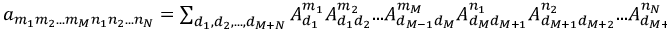
\begin{array} { r } { a _ { m _ { 1 } m _ { 2 } . . . m _ { M } n _ { 1 } n _ { 2 } . . . n _ { N } } = \sum _ { d _ { 1 } , d _ { 2 } , . . . , d _ { M + N } } A _ { d _ { 1 } } ^ { m _ { 1 } } A _ { d _ { 1 } d _ { 2 } } ^ { m _ { 2 } } . . . A _ { d _ { M - 1 } d _ { M } } ^ { m _ { M } } A _ { d _ { M } d _ { M + 1 } } ^ { n _ { 1 } } A _ { d _ { M + 1 } d _ { M + 2 } } ^ { n _ { 2 } } . . . A _ { d _ { M + N - 1 } } ^ { n _ { N } } } \end{array}